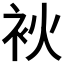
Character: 𤇷